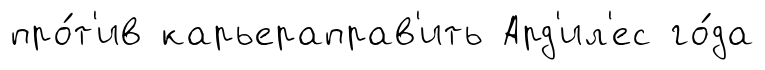
про́т'ив карьераправ'ить Ард'ил'ес го́да